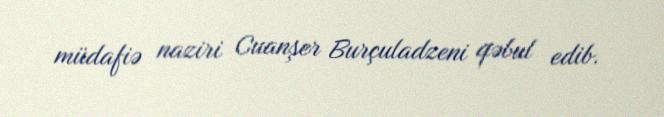
müdafiə naziri Cuanşer Burçuladzeni qəbul edib.